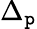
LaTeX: \Delta_{\mathtt{p}}